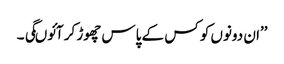
’’ان دونوں کو کس کے پاس چھوڑ کر آئوںگی ۔